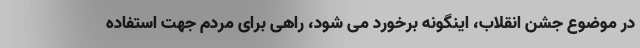
در موضوع جشن انقلاب، اینگونه برخورد می شود، راهی برای مردم جهت استفاده